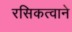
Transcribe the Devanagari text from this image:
रसिकत्वाने